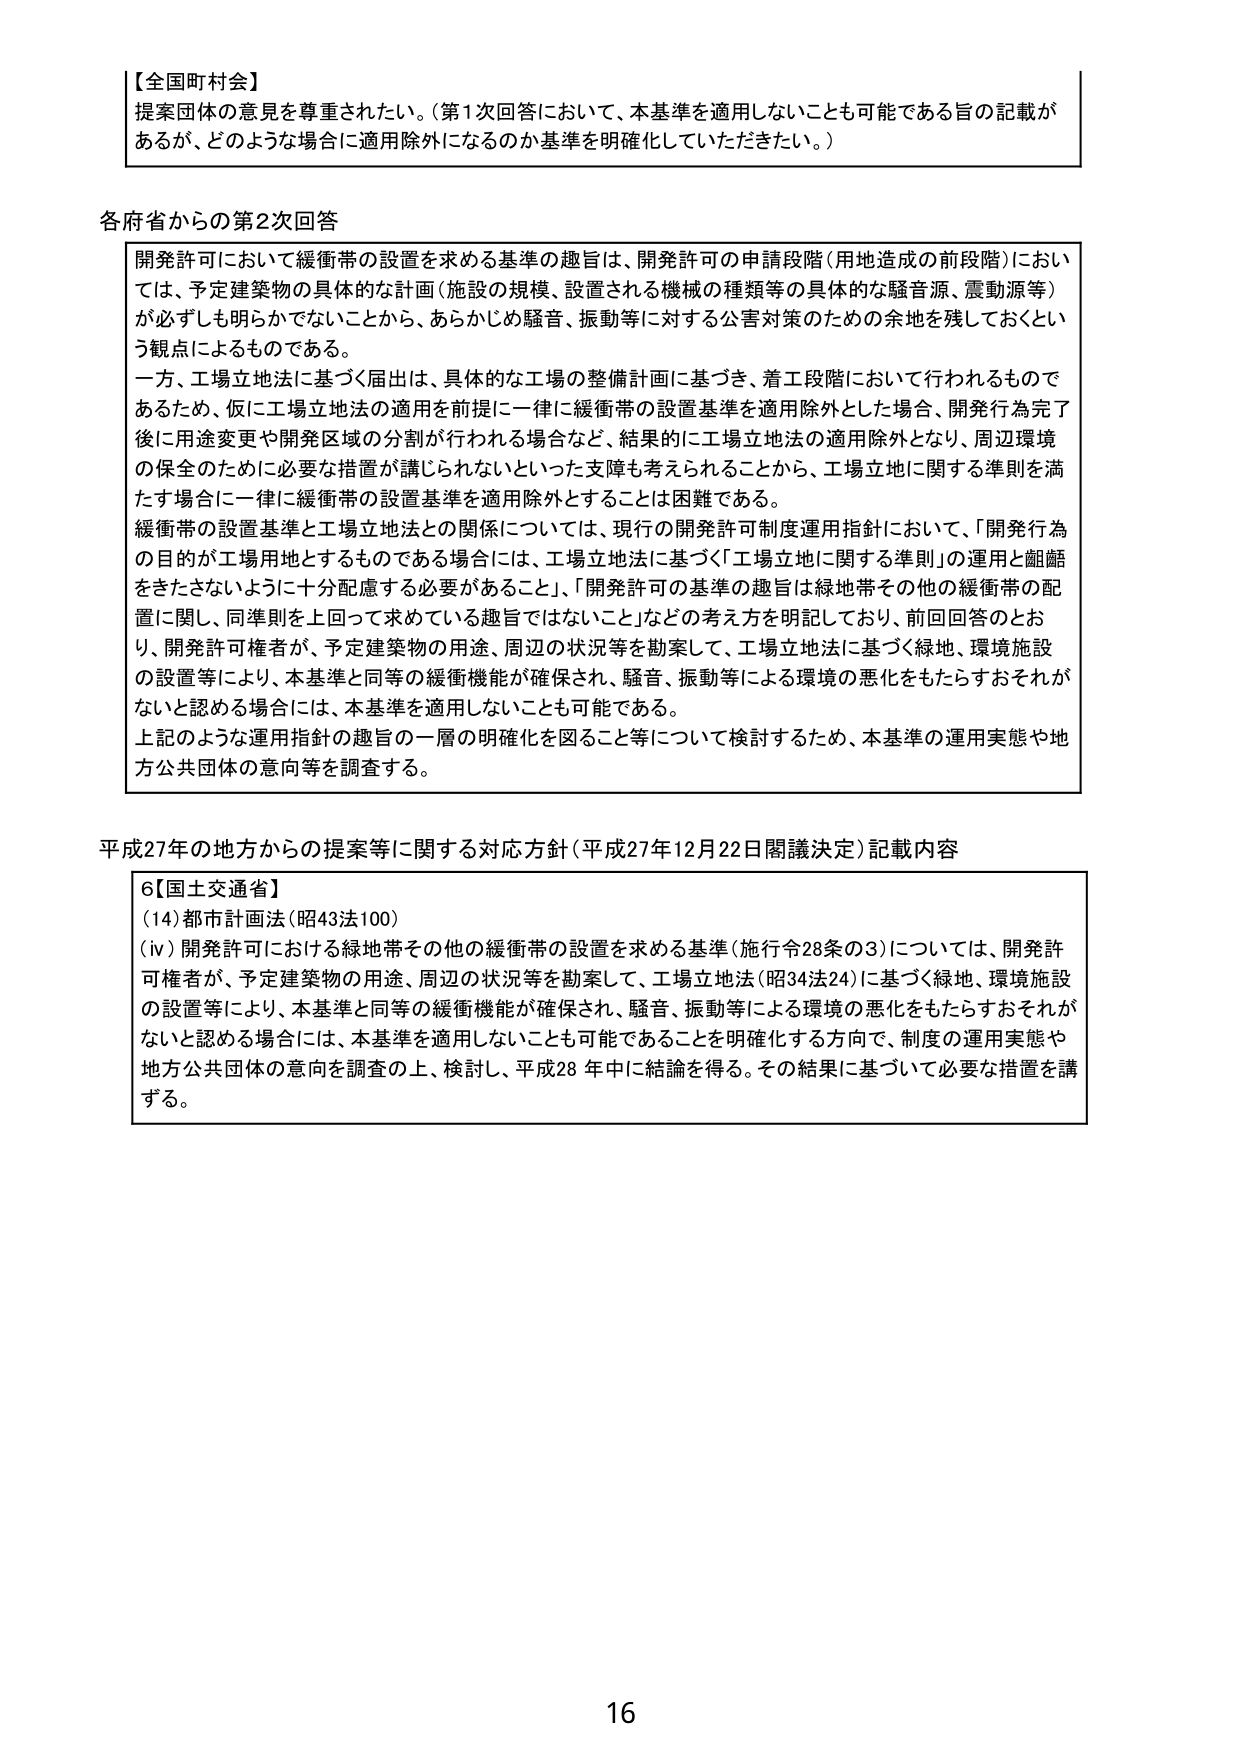
【全国町村会】
提案団体の意見を尊重されたい。（第1次回答において、本基準を適用しないことも可能である旨の記載があるが、どのような場合に適用除外になるのか基準を明確化していただきたい。）

各府省からの第2次回答
開発許可において緩衝帯の設置を求める基準の趣旨は、開発許可の申請段階（用地造成の前段階）においては、予定建築物の具体的な計画（施設の規模、設置される機械の種類等の具体的な騒音源、震動源等）が必ずしも明らかでないことから、あらかじめ騒音、振動等に対する公害対策のための余地を残しておくという観点によるものである。
一方、工場立地法に基づく届出は、具体的な工場の整備計画に基づき、着工段階において行われるものであるため、仮に工場立地法の適用を前提に一律に緩衝帯の設置基準を適用除外とした場合、開発行為完了後に用途変更や開発区域の分割が行われる場合など、結果的に工場立地法の適用除外となり、周辺環境の保全のために必要な措置が講じられないといった支障も考えられることから、工場立地に関する準則を満たす場合に一律に緩衝帯の設置基準を適用除外することは困難である。
緩衝帯の設置基準と工場立地法との関係については、現行の開発許可制度運用指針において、「開発行為の目的が工場用地とするものである場合には、工場立地法に基づく「工場立地に関する準則」の運用と齟齬をきたさないように十分配慮する必要があること」、「開発許可の基準の趣旨は緑地帯その他の緩衝帯の配置に関し、同準則を上回って求めている趣旨ではないこと」などの考え方を明記しており、前回回答のとおり、開発許可権者が、予定建築物の用途、周辺の状況等を勘案して、工場立地法に基づく緑地、環境施設の設置等により、本基準と同等の緩衝機能が確保され、騒音、振動等による環境の悪化をもたらすおそれがないと認める場合には、本基準を適用しないことも可能である。
上記のような運用指針の趣旨の一層の明確化を図ること等について検討するため、本基準の運用実態や地方公共団体の意向等を調査する。

平成27年の地方からの提案等に関する対応方針（平成27年12月22日閣議決定）記載内容
6【国土交通省】
（14）都市計画法（昭43法100）
（ⅳ）開発許可における緑地帯その他の緩衝帯の設置を求める基準（施行令28条の3）については、開発許可権者が、予定建築物の用途、周辺の状況等を勘案して、工場立地法（昭34法24）に基づく緑地、環境施設の設置等により、本基準と同等の緩衝機能が確保され、騒音、振動等による環境の悪化をもたらすおそれがないと認める場合には、本基準を適用しないことも可能であることを明確化する方向で、制度の運用実態や地方公共団体の意向を調査の上、検討し、平成28年中に結論を得る。その結果に基づいて必要な措置を講ずる。

16